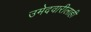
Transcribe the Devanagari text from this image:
उमेदवारीलाही